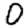
Digit: 0